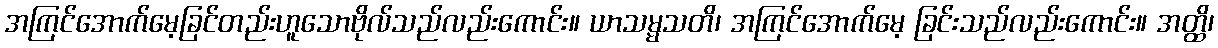
အကြင်အောက်မေ့ခြင်တည်းဟူသောဗိုလ်သည်လည်းကောင်း။ ယာသမ္မသတိ၊ အကြင်အောက်မေ့ ခြင်းသည်လည်းကောင်း။ အတ္ထိ၊